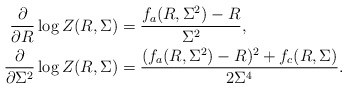
\begin{align*}\frac{\partial}{\partial R} \log Z(R,\Sigma) &= \frac{f_a(R,\Sigma^2)-R}{\Sigma^2 },\\\frac{\partial}{\partial \Sigma^2} \log Z(R,\Sigma) &= \frac{(f_a(R,\Sigma^2)-R)^2+f_c(R,\Sigma)}{2\Sigma^4}.\end{align*}